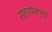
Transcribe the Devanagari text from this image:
सहायकत्व